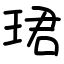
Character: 珺